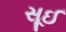
સૂઈ